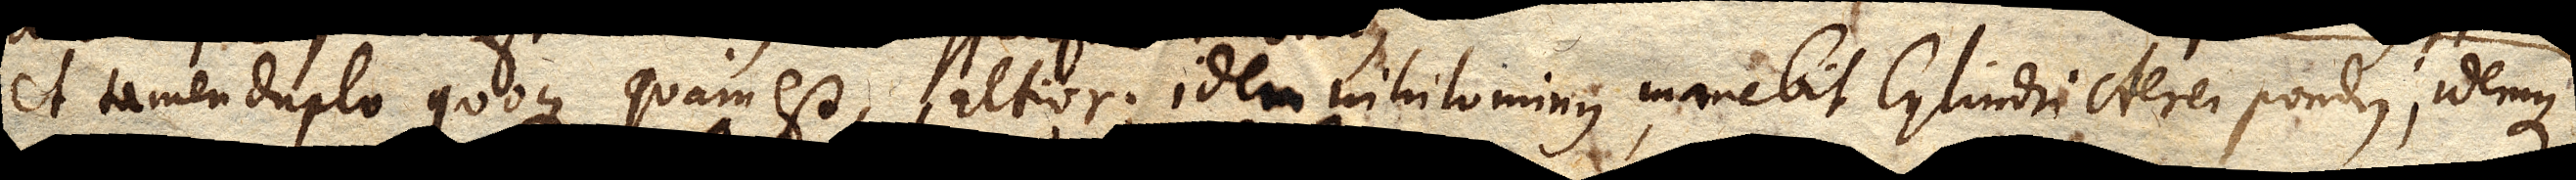
et tamen duplo quoque quam est, altior; idem nihilominus manebit Cylindri Aerei pondus, idemque